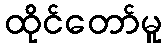
ထိုင်တော်မူ